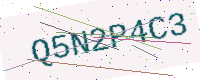
Text: Q5N2P4C3